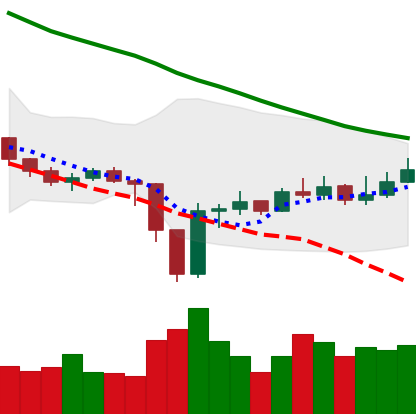
Ticker: EOS-USD
Chart end date: 2019-12-28
Forward return: -6.392%
Label: down_5_7